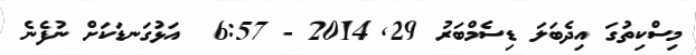
މިސްކިތުގަ އިދެބަލަ ޑިސެމްބަރު 29